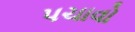
પચાવો